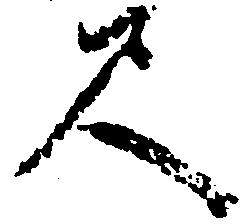
尺